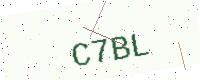
Text: C7BL